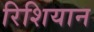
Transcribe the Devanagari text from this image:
रिशियान